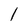
Character: l